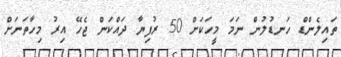
ތައިލެންޑް ހަނޑުލުން ނަމަ މީހަކަށް 50 ރުފިޔާ ދައްކަން ޖެހޭ އިރު މިހާތަނަށް